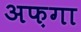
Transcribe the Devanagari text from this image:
अफ़गा